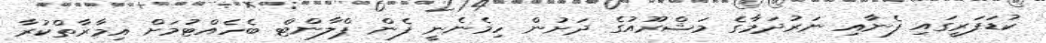
ކުޑަފަރީގައި ފެނާއި ނަރުދަމާގެ މަޝްރޫއުގެ ދަށުން ހިމެނެނީ ފެން ޕްލާންޓް ބެހެއްޓުމަށް އިމާރާތްކުރާ